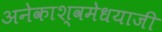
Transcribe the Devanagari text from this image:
अनेकाश्वमेधयाजी